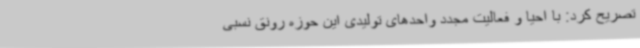
تصریح کرد: با احیا و فعالیت مجدد واحدهای تولیدی این حوزه رونق نسبی